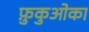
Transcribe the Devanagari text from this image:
फ़ुकुओका